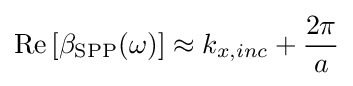
{\text{Re}}\left[\beta _{\text{SPP}}(\omega )\right]\approx k_{x,inc}+{\frac {2\pi }{a}}